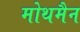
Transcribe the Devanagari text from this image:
मोथमैन